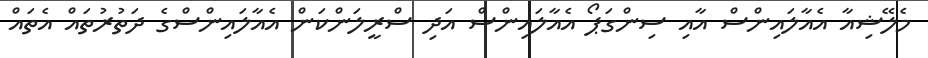
މެލޭޝިއާ އެއާލައިންސް އާއި ސިންގަޕޯ އެއާލައިންސް އަދި ސްރީލަންކަން އެއާލައިންސްގެ ދަތުރުތައް އެތައް